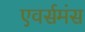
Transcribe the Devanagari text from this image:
एवर्समंस